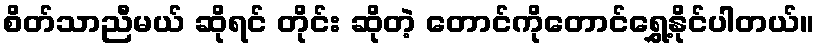
စိတ်သာညီမယ် ဆိုရင် တိုင်း ဆိုတဲ့ တောင်ကိုတောင်ရွှေ့နိုင်ပါတယ်။